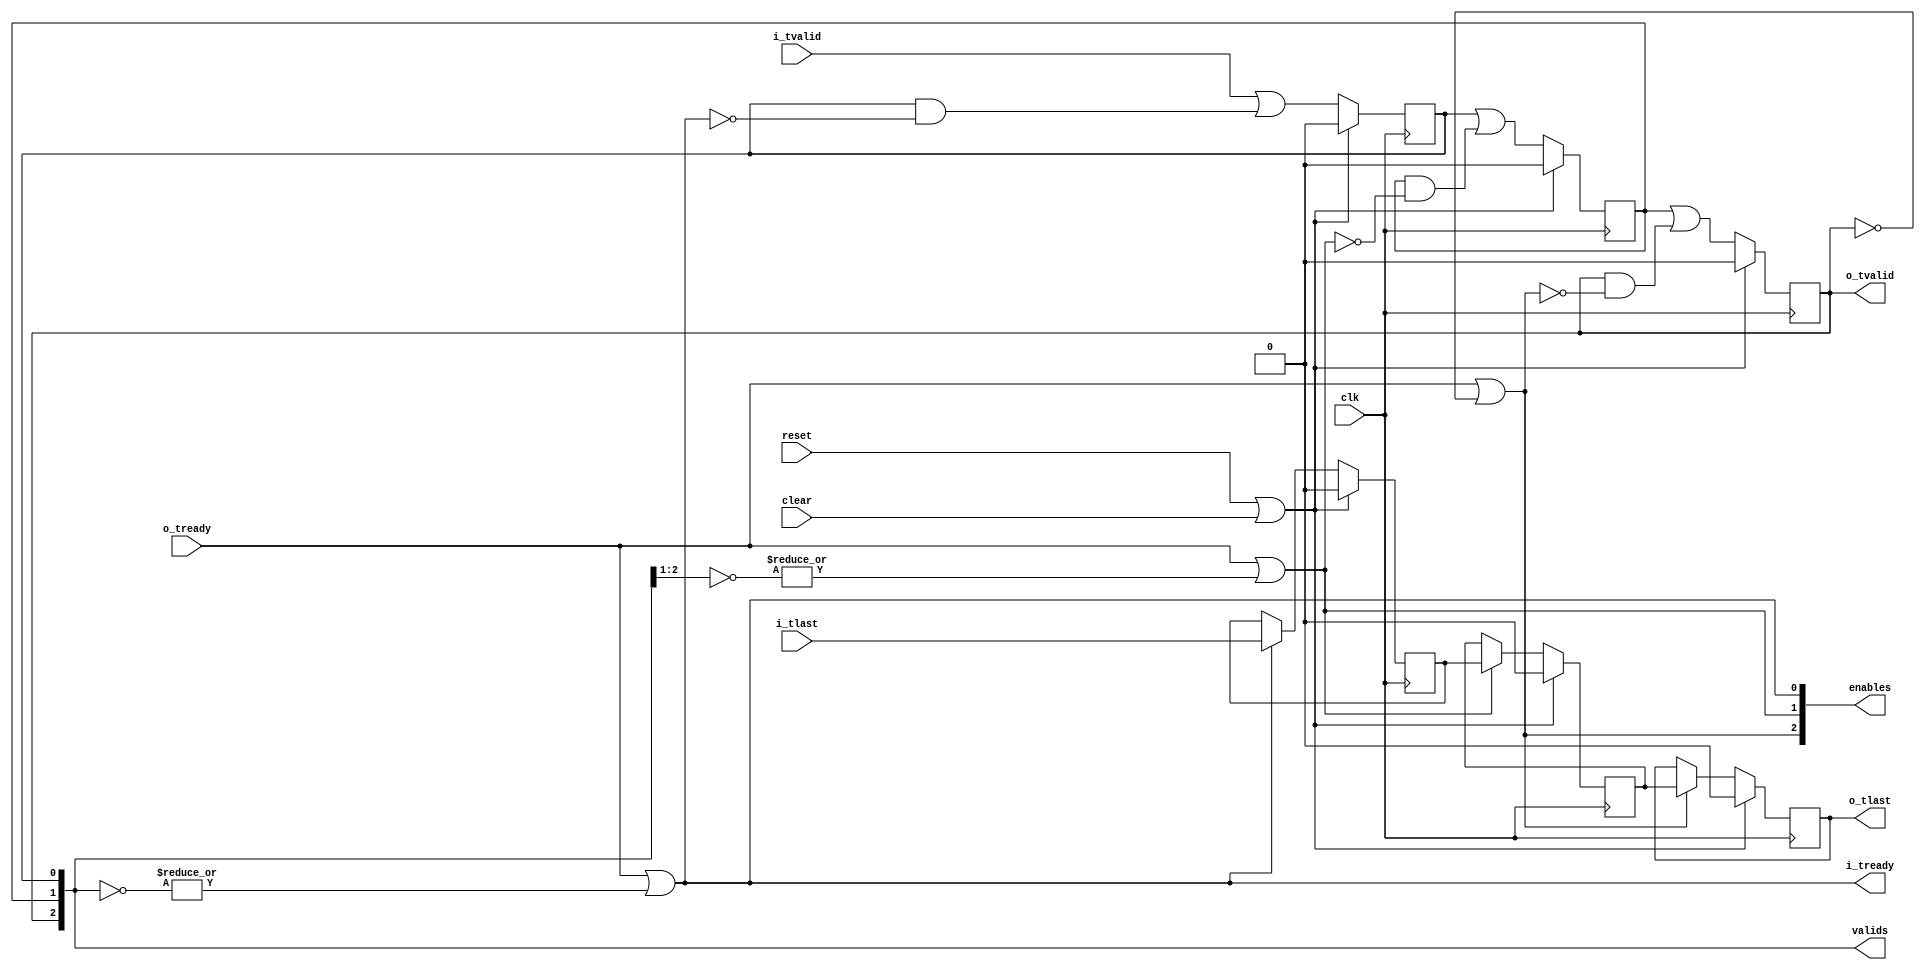

// Copyright 2014 Ettus Research


module axi_pipe
  #(parameter STAGES=3)
   (input clk, input reset, input clear,
    input i_tlast, input i_tvalid, output i_tready,
    output o_tlast, output o_tvalid, input o_tready,
    output [STAGES-1:0] enables,
    output reg [STAGES-1:0] valids);

   assign o_tvalid = valids[STAGES-1];
   assign i_tready = enables[0];

   // //////////////////////////////
   // Valids
   genvar 		    i;
   generate
      for(i=1; i<STAGES; i=i+1)
	always @(posedge clk)
	  if(reset | clear)
	    valids[i] <= 1'b0;
      	  else
	    valids[i] <= valids[i-1] | (valids[i] & ~enables[i]);
   endgenerate

   always @(posedge clk)
     if(reset | clear)
       valids[0] <= 1'b0;
     else
       valids[0] <= i_tvalid | (valids[0] & ~enables[0]);

   // //////////////////////////////
   // Enables
   genvar 		    j;
   generate
      for(j=0; j<STAGES; j=j+1)
	assign enables[j] = o_tready | (|(~valids[STAGES-1:j]));
   endgenerate

   // /////////////////////////////
   // tlast
   reg [STAGES-1:0] 	    tlast;
   
   genvar 		    k;
   generate
      for(k=1; k<STAGES; k=k+1)
	always @(posedge clk)
	  if(reset | clear)
	    tlast[k] <= 1'b0;
	  else if(enables[k])
	    tlast[k] <= tlast[k-1];
   endgenerate

   always @(posedge clk)
	  if(reset | clear)
	    tlast[0] <= 1'b0;
	  else if(enables[0])
	    tlast[0] <= i_tlast;

   assign o_tlast = tlast[STAGES-1];
   
endmodule // axi_pipe